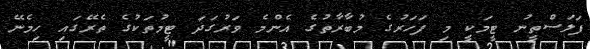
ފަލަސްތީނު ޓީމަކީ މި ފަހަރުގެ މުބާރާތުގެ އެންމެ ވަރުގަދަ ޓީމުތަކުގެ ތެރޭގައި ހިމެނޭ